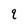
Character: q